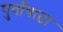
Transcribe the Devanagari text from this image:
पुर्वाषाढा